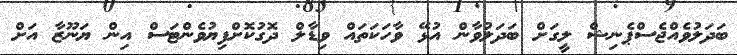
ބަދަލުވެއްޖެސްޕެނިޝް ލީގަށް ބަދަލުވާން އުޅޭ ވާހަކަތައް ވިޑާލް ދޮގުކޮށްފިޔުވެންޓަސް އިން ޔަނޫޒާ އަށް